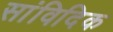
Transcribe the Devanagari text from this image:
सांविदिक